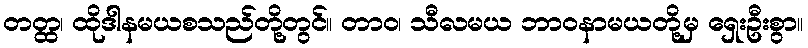
တတ္ထ၊ ထိုဒါနမယစသည်တို့တွင်။ တာဝ၊ သီလမယ ဘာဝနာမယတို့မှ ရှေးဦးစွာ။